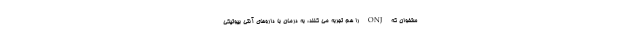
ستخوان که ONJ را هم تجربه می کنند، به درمان با داروهای آنتی بیوتیکی